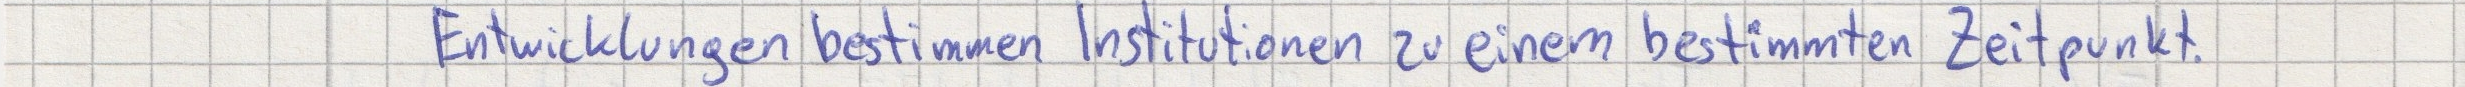
Entwicklungen bestimmen Institutionen zu einem bestimmten Zeitpunkt.